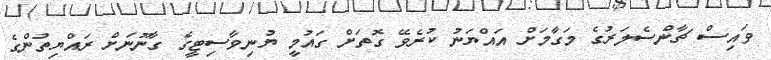
ވައިސް ޗާންސެލަރުގެ މަގާމަށް އައްޔަނު ކުރެވޭ ގޮތަށް ގައުމީ ޔުނިވާސިޓީގެ ގާނޫނަށް ރައްޔިތުންގެ